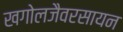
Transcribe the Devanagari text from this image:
खगोलजैवरसायन